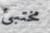
مختبئ